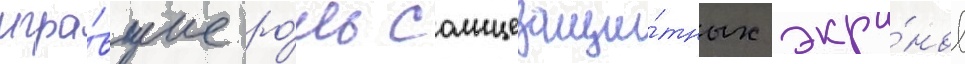
игра́вшие ро́ль солнцезащи́тных экра́нов